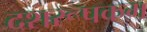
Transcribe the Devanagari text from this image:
दशरूपकम